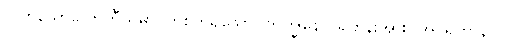
လွတ်သောလောကီသမာပတ်စိတ်ရှိသော။ ဘိက္ခုနော၊ ရဟန်းအား။ အပရိဟာနာယ၊